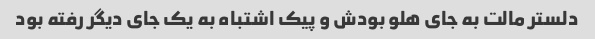
دلستر مالت به جای هلو بودش و پیک اشتباه به یک جای دیگر رفته بود